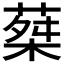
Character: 𦵴